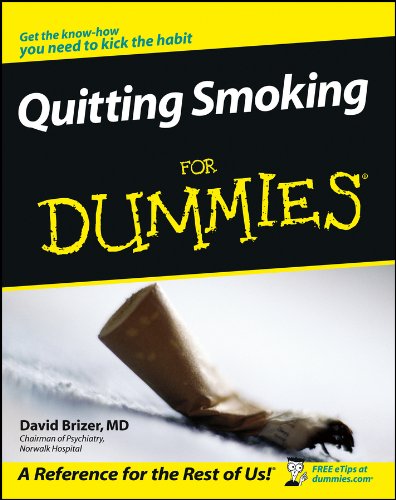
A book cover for Quitting Smoking For Dummies; David Brizer M.D.; Health, Fitness & Dieting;